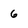
Character: 6